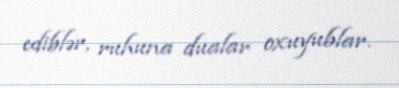
ediblər, ruhuna dualar oxuyublar.